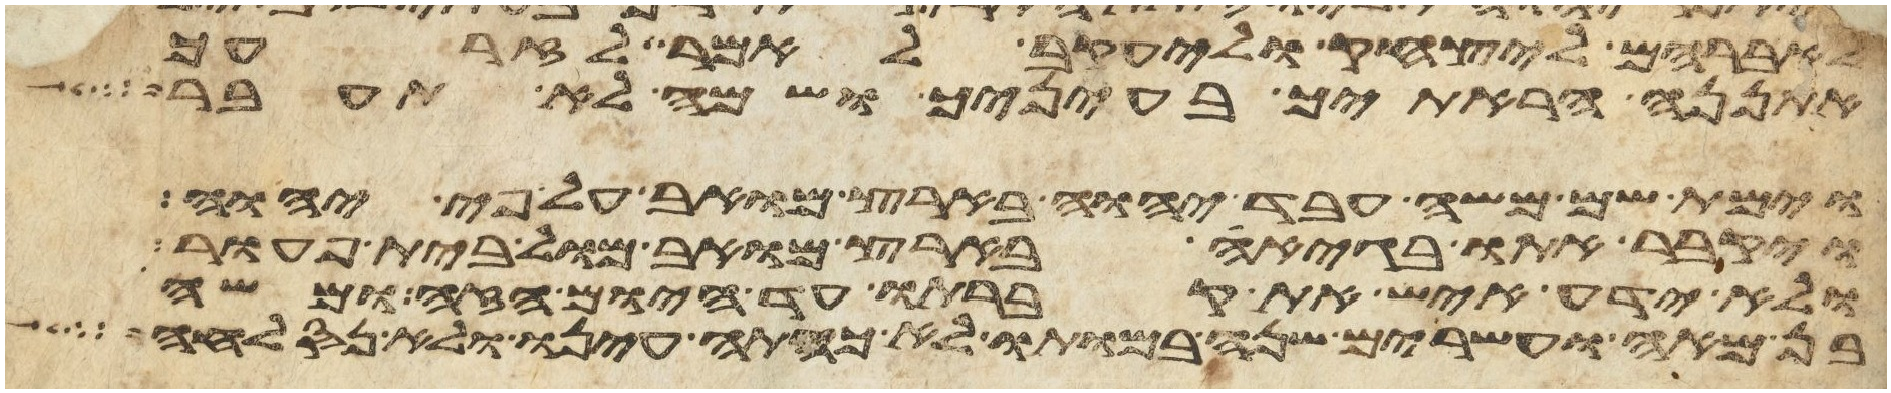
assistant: לאברהם ליצחק וליעקב לאמר לזרעך
אתננה הראתיך בעיניך ושמה לא תעבר
וימת שם משה עבד יהוה בארץ מואב על פי יהוה
ויקבר אתו בגיא בארץ מואב מול בית פעור
ולא ידע איש את קברתו עד היום הזה ומשה
בן מאה ועשרים שנה במותו לא כהתה עינו ולא נס לחה